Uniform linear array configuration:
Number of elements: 8
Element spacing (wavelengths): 0.5
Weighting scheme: exponential
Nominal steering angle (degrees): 15
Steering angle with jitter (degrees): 13.873
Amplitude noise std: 0.05
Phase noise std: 0.05

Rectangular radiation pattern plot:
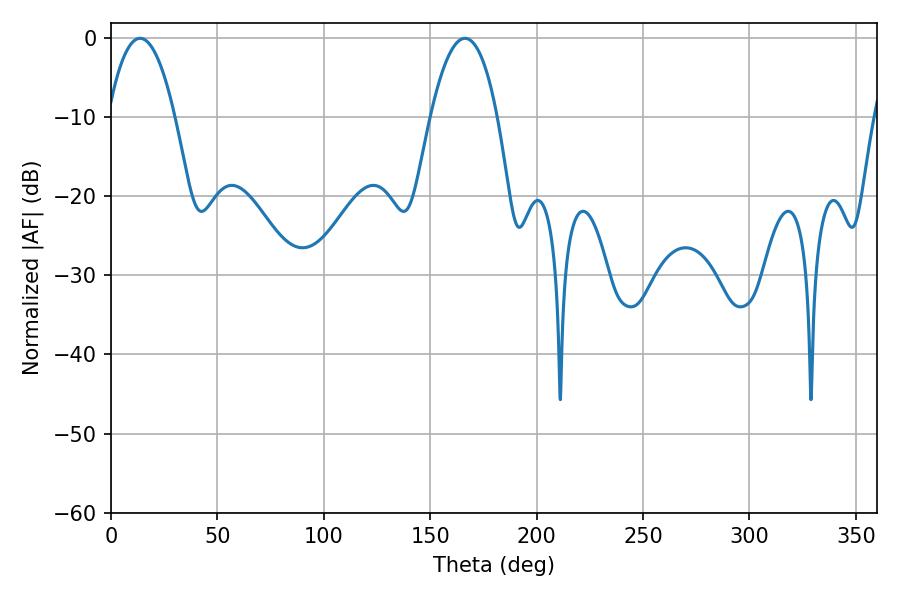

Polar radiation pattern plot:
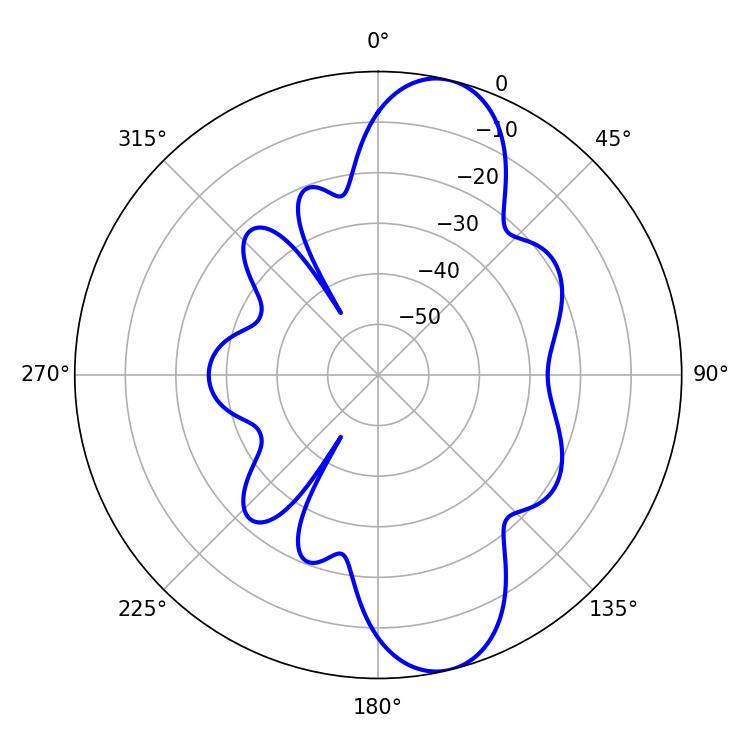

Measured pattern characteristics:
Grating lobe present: FALSE
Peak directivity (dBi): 10.868
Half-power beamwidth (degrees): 17.28
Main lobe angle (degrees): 13.68